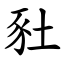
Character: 䝅